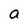
Character: a